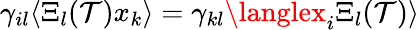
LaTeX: \gamma_{il}\langle\Xi_{l}(\mathcal{T})x_{k}\rangle=\gamma_{kl}\langlex_{i}\Xi_{l}(\mathcal{T})\rangle